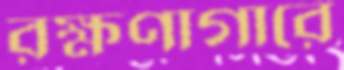
রক্ষণাগারে